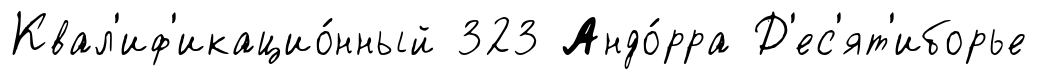
Квал'иф'икацио́нный 323 Андо́рра Д'ес'ят'иборье